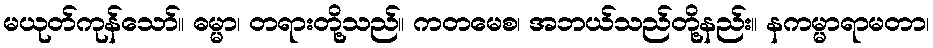
မယုတ်ကုန်သော်။ ဓမ္မာ၊ တရားတို့သည်။ ကတမေစ၊ အဘယ်သည်တို့နည်း။ နကမ္မာရာမတာ၊